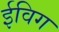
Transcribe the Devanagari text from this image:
ईविग